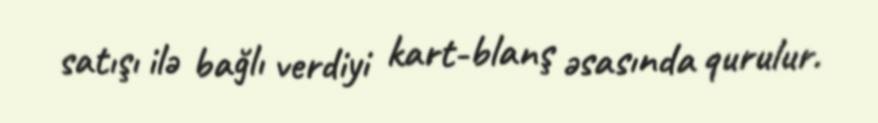
satışı ilə bağlı verdiyi kart-blanş əsasında qurulur.